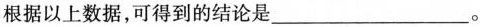
根据以上数据，可得到的结论是___。